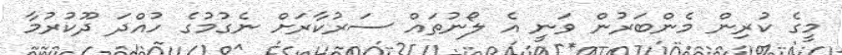
މީގެ ކުރިން މެންބަރުން ވަނީ އެ ލޯނުތައް ސަރުކާރަށް ނެގުމުގެ ހުއްދަ ދޫކުރުމާ